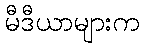
မီဒီယာများက